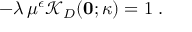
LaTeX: - \lambda \, \mu ^ { \epsilon } { \mathcal K } _ { { D } } ( { \bf 0 } ; \kappa ) = 1 \; .